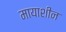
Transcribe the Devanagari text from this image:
मायाशीन